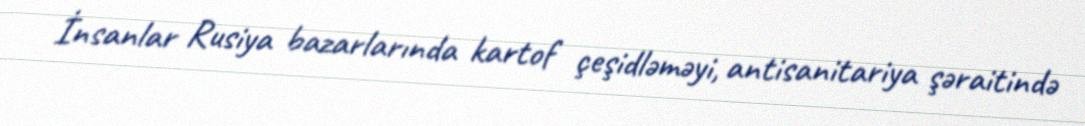
İnsanlar Rusiya bazarlarında kartof çeşidləməyi, antisanitariya şəraitində